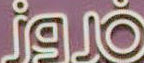
jgJÓ